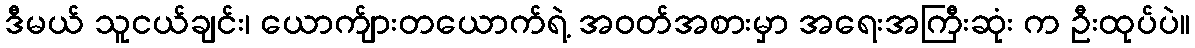
ဒီမယ် သူငယ်ချင်း၊ ယောက်ျားတယောက်ရဲ့ အဝတ်အစားမှာ အရေးအကြီးဆုံး က ဦးထုပ်ပဲ။